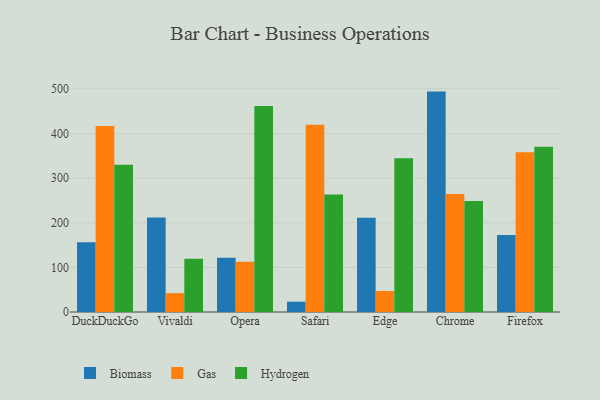
{"axis": {"x": "Browser", "y": "Budget (USD K)"}, "legend": ["Biomass", "Gas", "Hydrogen"], "data": [{"x": "DuckDuckGo", "y": 156.3, "type": "Biomass"}, {"x": "DuckDuckGo", "y": 416.6, "type": "Gas"}, {"x": "DuckDuckGo", "y": 329.7, "type": "Hydrogen"}, {"x": "Vivaldi", "y": 211.7, "type": "Biomass"}, {"x": "Vivaldi", "y": 42.3, "type": "Gas"}, {"x": "Vivaldi", "y": 119.2, "type": "Hydrogen"}, {"x": "Opera", "y": 121.5, "type": "Biomass"}, {"x": "Opera", "y": 112.6, "type": "Gas"}, {"x": "Opera", "y": 461.6, "type": "Hydrogen"}, {"x": "Safari", "y": 23.1, "type": "Biomass"}, {"x": "Safari", "y": 419.5, "type": "Gas"}, {"x": "Safari", "y": 263.5, "type": "Hydrogen"}, {"x": "Edge", "y": 211.1, "type": "Biomass"}, {"x": "Edge", "y": 47.1, "type": "Gas"}, {"x": "Edge", "y": 344.4, "type": "Hydrogen"}, {"x": "Chrome", "y": 493.8, "type": "Biomass"}, {"x": "Chrome", "y": 264.6, "type": "Gas"}, {"x": "Chrome", "y": 248.7, "type": "Hydrogen"}, {"x": "Firefox", "y": 172.4, "type": "Biomass"}, {"x": "Firefox", "y": 357.9, "type": "Gas"}, {"x": "Firefox", "y": 370.0, "type": "Hydrogen"}]}